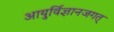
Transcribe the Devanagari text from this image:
आयुर्विज्ञानजगत्